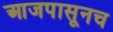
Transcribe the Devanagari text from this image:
आजपासूनच